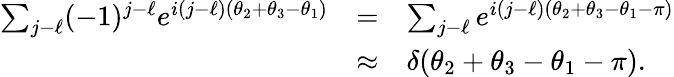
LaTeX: \begin{array}{rcl}{{\sum_{j-\ell}(-1)^{j-\ell}e^{i(j-\ell)(\theta_{2}+\theta_{3}-\theta_{1})}}}&{{=}}&{{\sum_{j-\ell}e^{i(j-\ell)(\theta_{2}+\theta_{3}-\theta_{1}-\pi)}}}\\ {{}}&{{\approx}}&{{\delta(\theta_{2}+\theta_{3}-\theta_{1}-\pi).}}\end{array}